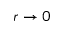
r \rightarrow 0